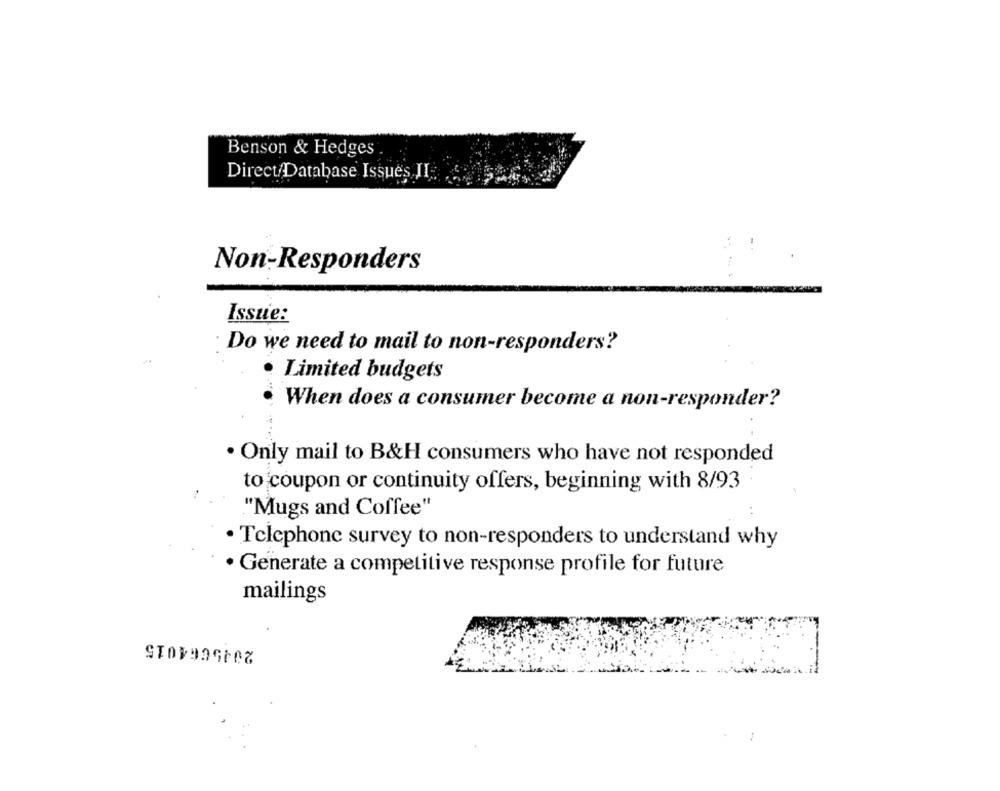
Benson & Hedges
Direct/Database Issues JI.
Non-Responders
Issue:
Do we need to mail to non-responders?
· Limited budgets
When does a consumer become a non-responder?
· Only mail to B&H consumers who have not responded
to coupon or continuity offers, beginning with 8/93
"Mugs and Coffee"
· Telephone survey to non-responders to understand why
· Generate a competitive response profile for future
mailings
2045664015